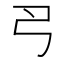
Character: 𢎛